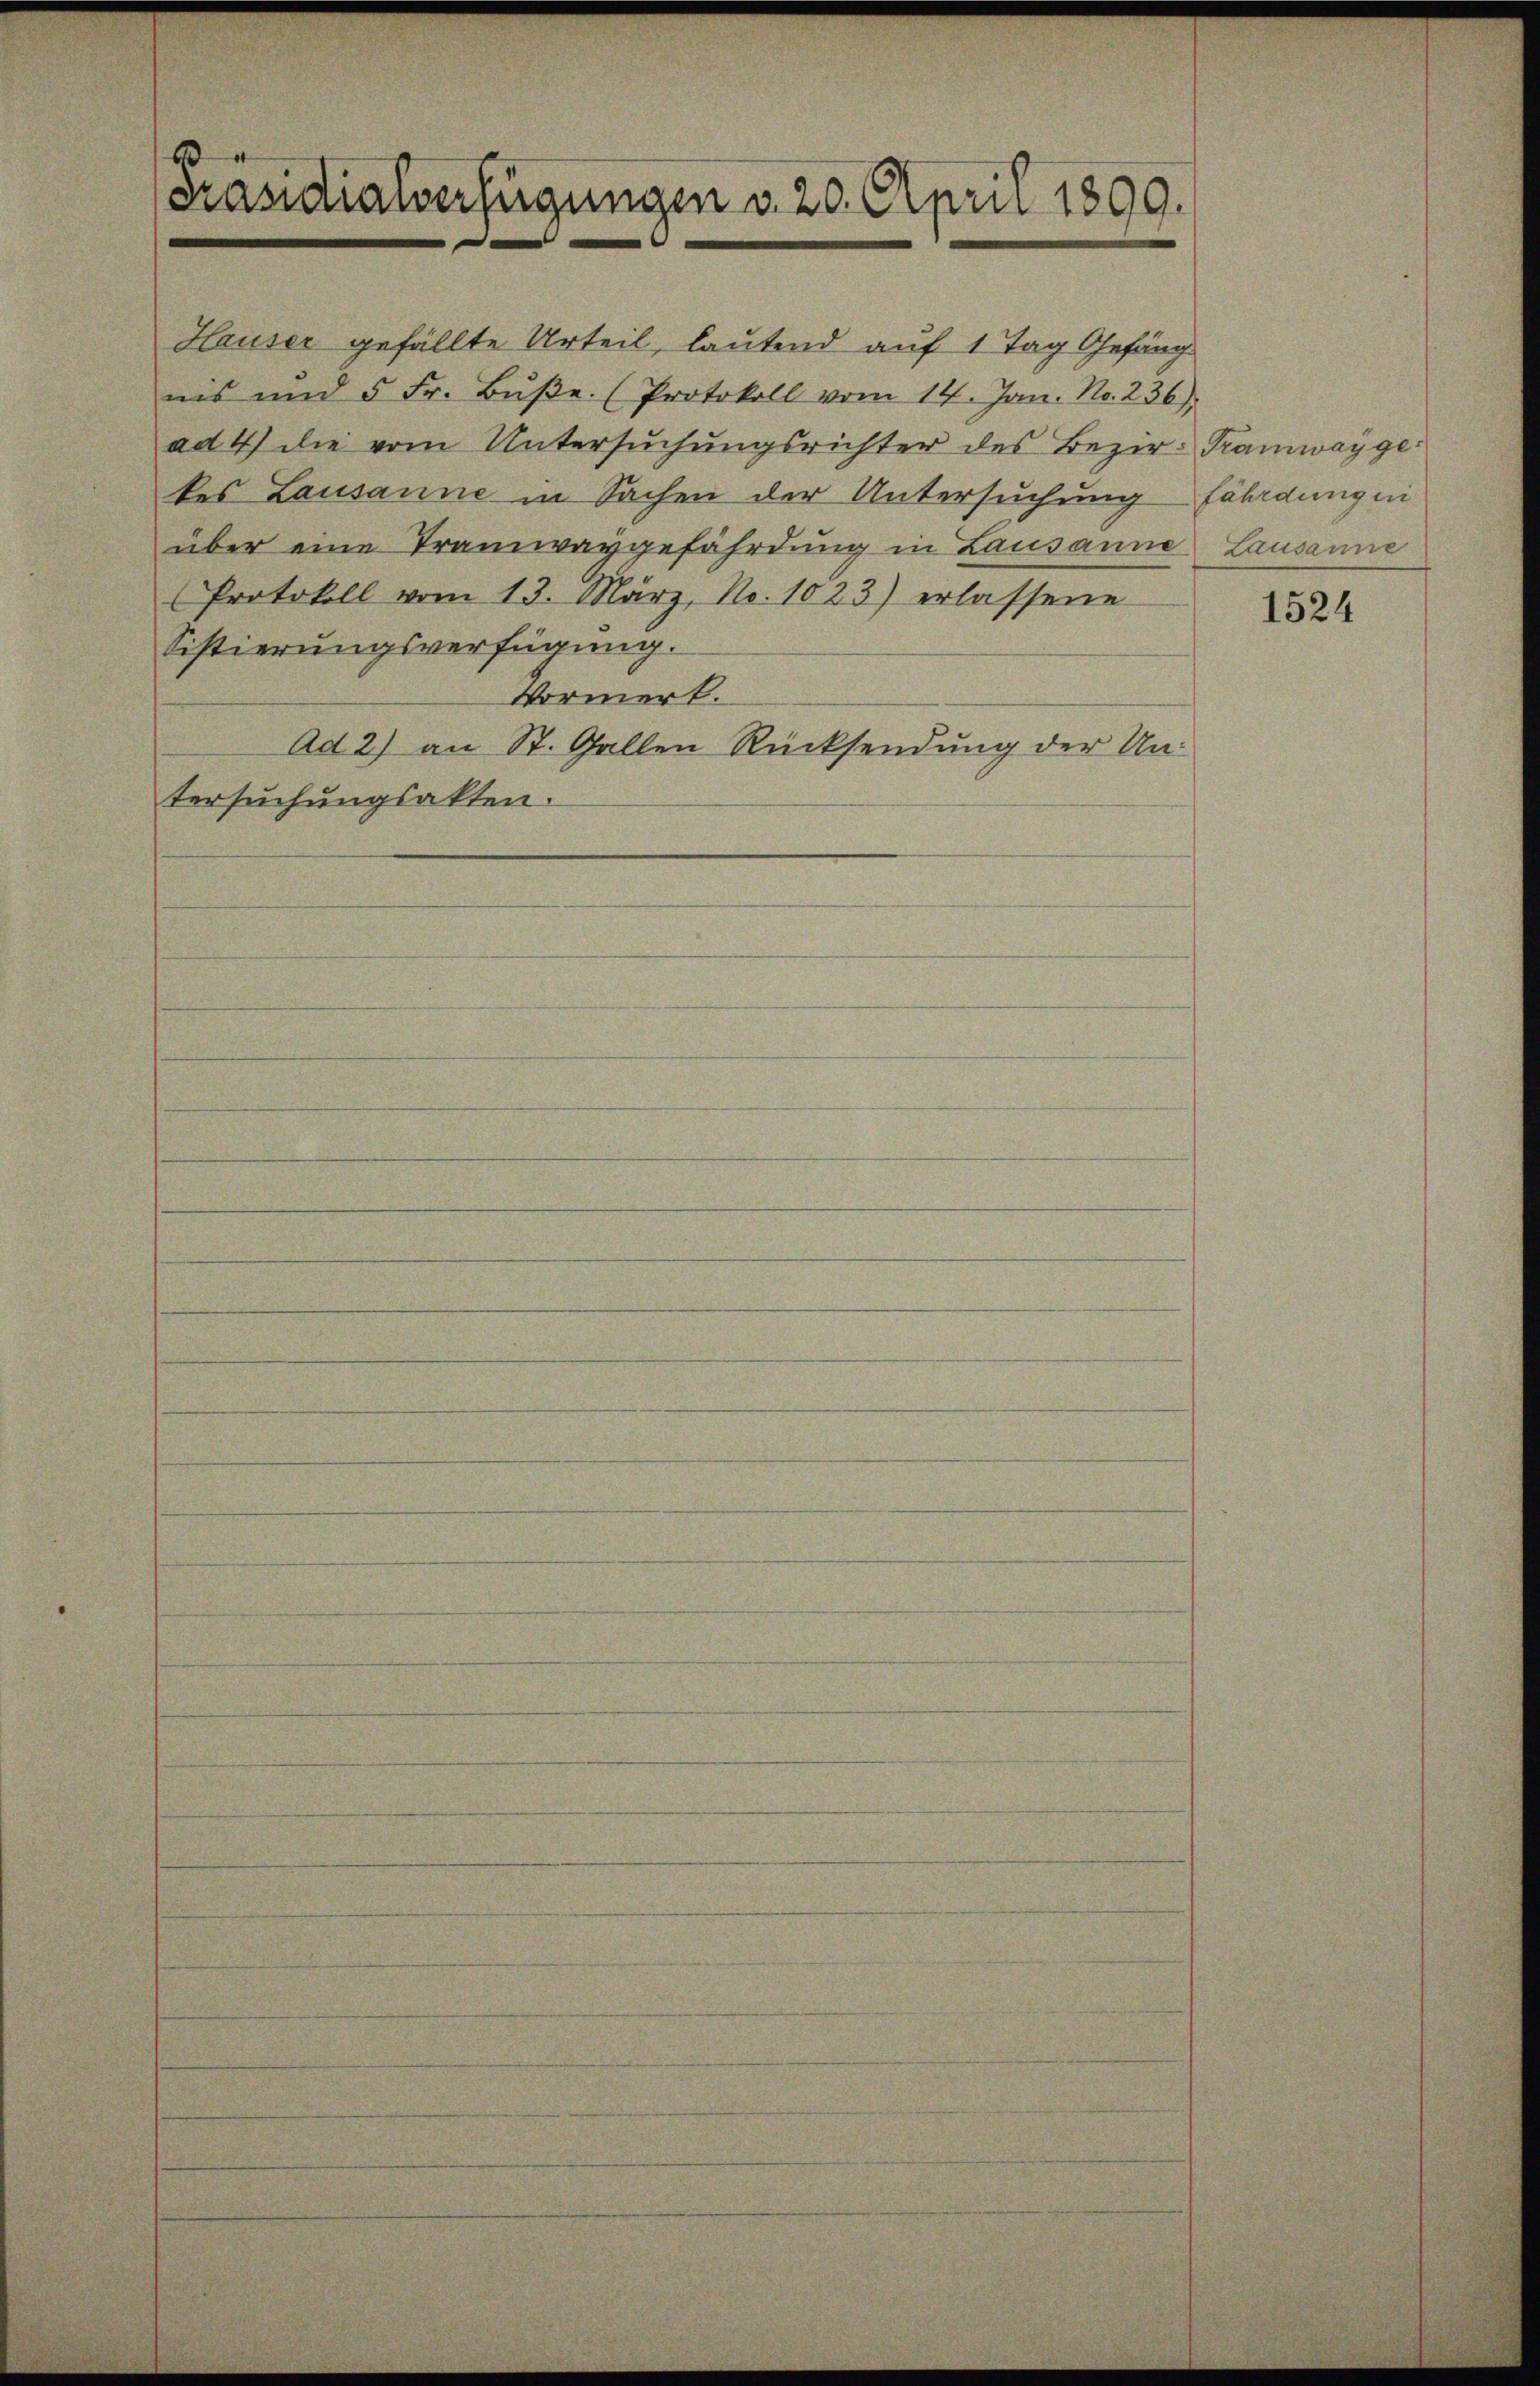
[Präsidialverfügungen v. 20. April 1890.

Hauser gefällte Urteil, lautend auf 1 Tag Gefängnis und 5 Fr. Bŭβe. (Protokoll vom 14. Jan. No. 236).
ad 4) die vom Untersuchungsrichter des Bezir- Tramwaygekes Lausanne in Sachen der Untersuchung fährdung ni
über eine Tramwaygefährdung in Lausanne Lausanne
Protokoll vom 13. März, No. 1023) erlassene
Sistierungsverfügung.
Vormerk.
Ad 2) an St. Gallen Rücksendung der Untersuchungsakten.

1524